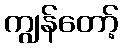
ကျွန်တော့်